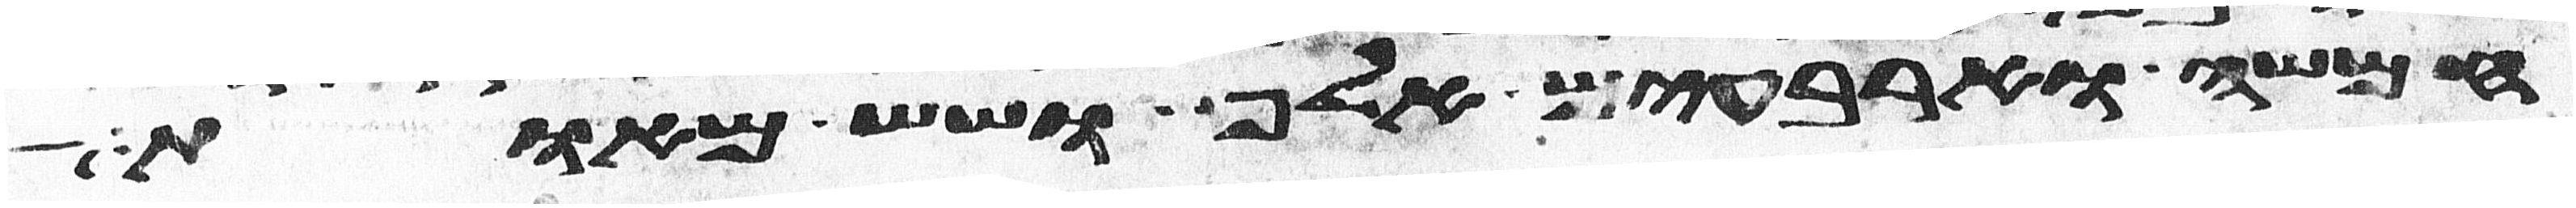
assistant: חמשה וארבעים אלף ושש מאות